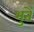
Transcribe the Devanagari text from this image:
भुतें